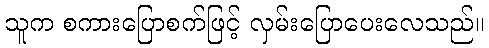
သူက စကားပြောစက်ဖြင့် လှမ်းပြောပေးလေသည်။